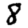
Digit: 8